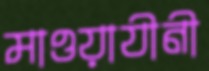
মাওয়াযীনী